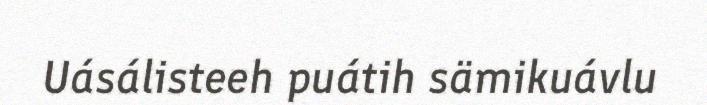
Uásálisteeh puátih sämikuávlu